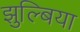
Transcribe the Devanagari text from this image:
झुल्बिया